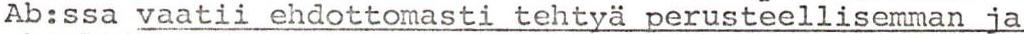
Ab:ssa vaatii ehdottomasti tehtyä perusteellisemman ja